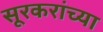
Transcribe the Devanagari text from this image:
सूरकरांच्या